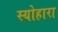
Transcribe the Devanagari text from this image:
स्योहारा